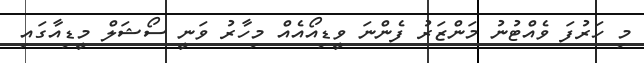
މި ހަރުފަ ވެއްޓުނު މަންޒަރު ފެންނަ ވީޑިއޯއެއް މިހާރު ވަނީ ސޯޝަލް މީޑިއާގައި